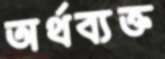
অর্থব্যক্ত